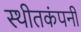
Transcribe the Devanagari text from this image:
स्थीतकंपनी